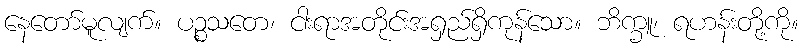
နေတော်မူလျက်။ ပဉ္စသတေ၊ ငါးရာအတိုင်းအရှည်ရှိကုန်သော။ ဘိက္ခူ၊ ရဟန်းတို့ကို။